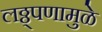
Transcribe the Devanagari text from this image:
लठ्ठ्पणामुळे